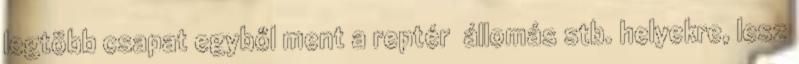
legtöbb csapat egyből ment a reptér állomás stb. helyekre, lesz